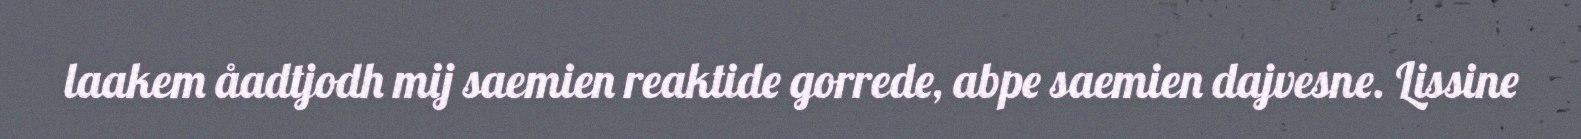
laakem åadtjodh mij saemien reaktide gorrede, abpe saemien dajvesne. Lissine